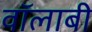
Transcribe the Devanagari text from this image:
वॉलाबी